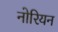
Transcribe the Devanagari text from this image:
नोरियन